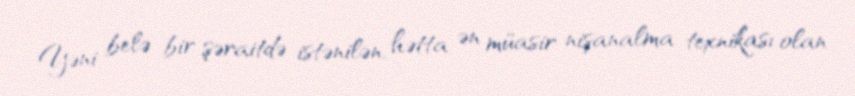
Yəni belə bir şəraitdə istənilən, hətta ən müasir nişanalma texnikası olan